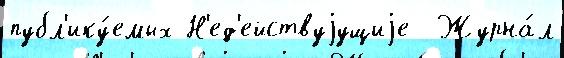
публ'ику́емых Н'ед'ействуjущиjе  Журна́л